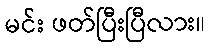
မင်း ဖတ်ပြီးပြီလား။